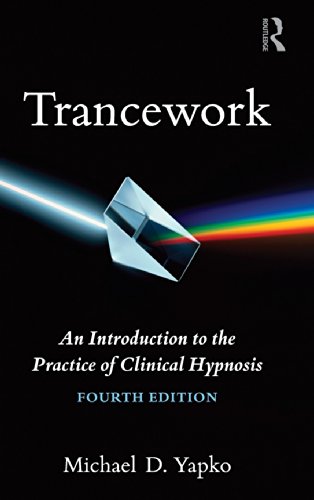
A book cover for Trancework: An Introduction to the Practice of Clinical Hypnosis; Michael D. Yapko; Health, Fitness & Dieting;